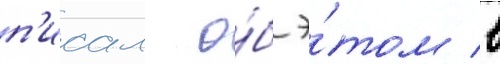
п'исал о́б э́том в